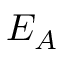
E _ { A }